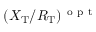
( X _ { \mathrm { T } } / R _ { \mathrm { T } } ) ^ { \mathrm { ~ o ~ p ~ t ~ } }